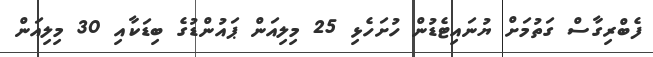
ފެބްރިގާސް ގަތުމަށް ޔުނައިޓެޑުން ހުށަހެޅި 25 މިލިއަން ޕައުންޑުގެ ބިޑަކާއި 30 މިލިއަން